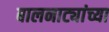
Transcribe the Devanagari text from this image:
बालनाट्यांच्या